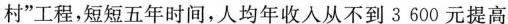
村”工程，短短五年时间，人均年收入从不到3600元提高